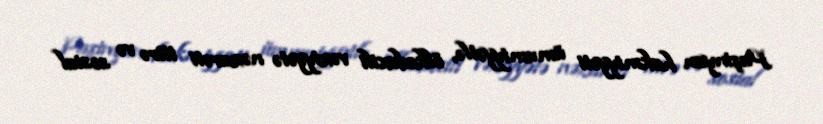
Paşinyan hakmiyyəti ümumiyyətlə, ölkədaxili vəziyyətə nəzarəti itirə və sosial